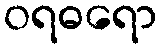
ဝရဓရော